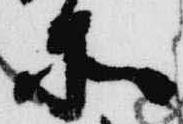
所